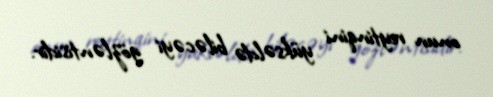
onun reytinqini yüksəldə biləcəyi gözləntisidir.